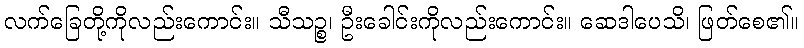
လက်ခြေတို့ကိုလည်းကောင်း။ သီသဉ္စ၊ ဦးခေါင်းကိုလည်းကောင်း။ ဆေဒါပေသိ၊ ဖြတ်စေ၏။